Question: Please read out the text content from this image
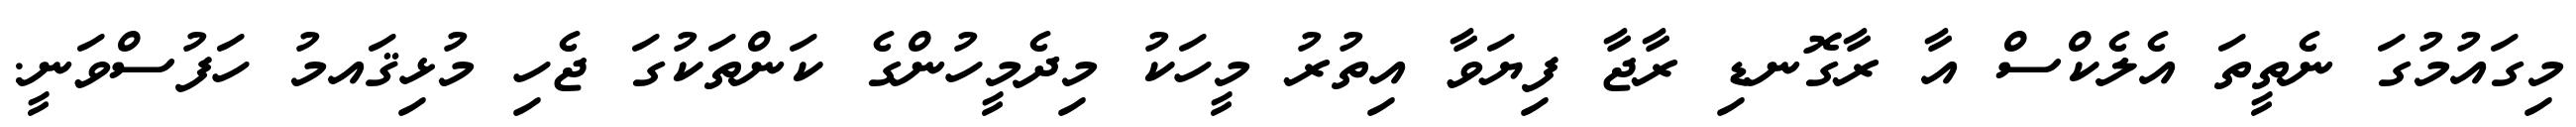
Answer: މިގައުމުގަ ނެތީތަ އެލެކްސް އާ ރާގޮނޑި ރާޖާ ފިޔަވާ އިތުރު މީހަކު މިދެމީހުންގެ ކަންތަކުގަ ޖެހި މުޅިޤައމު ހަފުސްވަނީ.